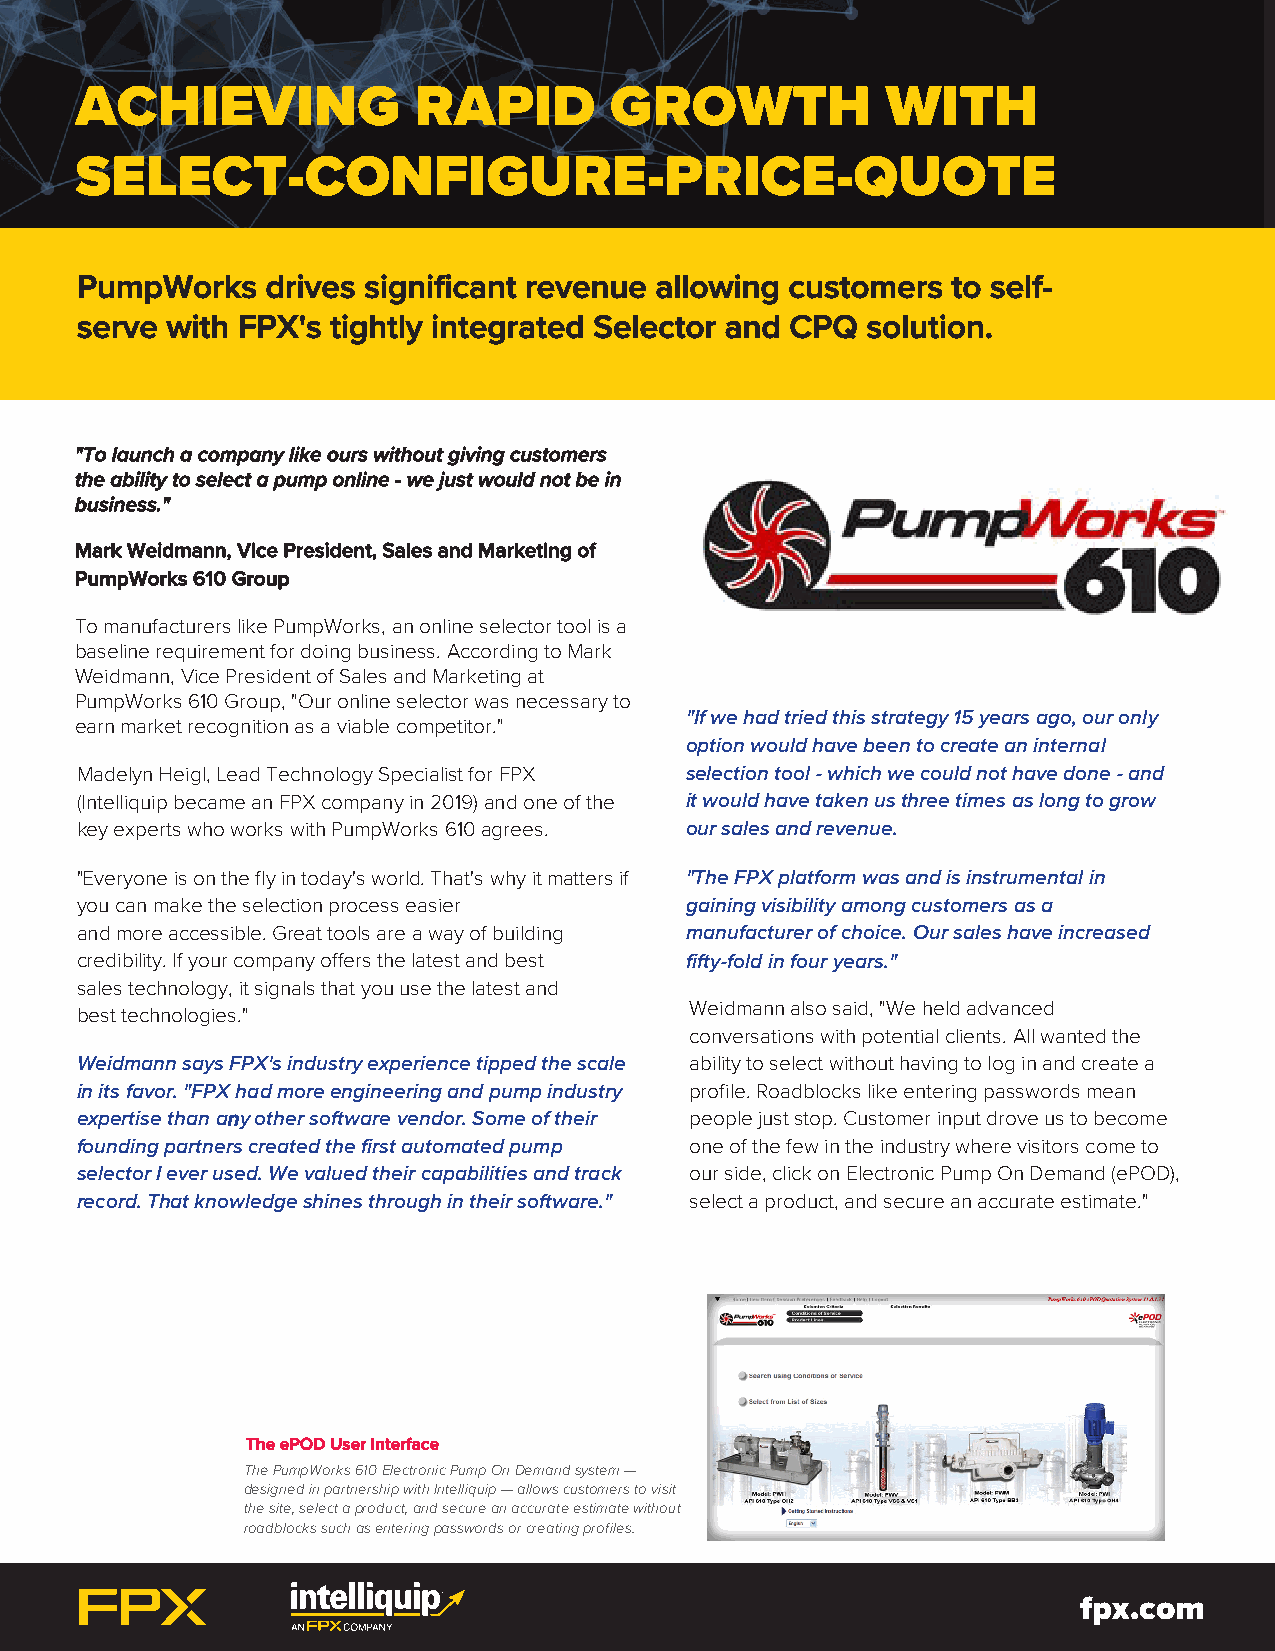
ACHIEVING             RAPID        GROWTH             WITH
 SELECT-CONFIGURE-PRICE-QUOTE
 PumpWorks    drives significant revenue allowing customers to self-
 serve with FPX's tightly integrated Selector and CPQ solution.
 "To launch a company like ours without giving customers
 the ability to select a pump online - we just would not be in
 business."
 Mark Weidmann, Vice President, Sales and Marketing of
 PumpWorks 610 Group
 To manufacturers like PumpWorks, an online selector tool is a
 baseline requirement for doing business. According to Mark
 Weidmann, Vice President of Sales and Marketing at
 PumpWorks 610 Group, "Our online selector was necessary to
 "If we had tried this strategy 15 years ago, our only
 earn market recognition as a viable competitor."
 option would have been to create an internal
 Madelyn Heigl, Lead Technology Specialist for FPX selection tool - which we could not have done - and
 (Intelliquip became an FPX company in 2019) and one of the it would have taken us three times as long to grow
 key experts who works with PumpWorks 610 agrees. our sales and revenue.
 "Everyone is on the fly in today's world. That's why it matters if "The FPX platform was and is instrumental in
 you can make the selection process easier gaining visibility among customers as a
 and more accessible. Great tools are a way of building manufacturer of choice. Our sales have increased
 credibility. If your company offers the latest and best fifty-fold in four years."
 sales technology, it signals that you use the latest and
 Weidmann also said, "We held advanced
 best technologies."
 conversations with potential clients. All wanted the
 Weidmann says FPX's industry experience tipped the scale ability to select without having to log in and create a
 in its favor. "FPX had more engineering and pump industry profile. Roadblocks like entering passwords mean
 expertise than any other software vendor. Some of their people just stop. Customer input drove us to become
 founding partners created the first automated pump one of the few in the industry where visitors come to
 selector I ever used. We valued their capabilities and track our side, click on Electronic Pump On Demand (ePOD),
 record. That knowledge shines through in their software." select a product, and secure an accurate estimate."
 The ePOD User Interface
 The PumpWorks 610 Electronic Pump On Demand system —
 designed in partnership with Intelliquip — allows customers to visit
 the site, select a product, and secure an accurate estimate without
 roadblocks such as entering passwords or creating profiles.
 fpx.com